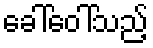
ခေါ်ဝေါ်သည့်